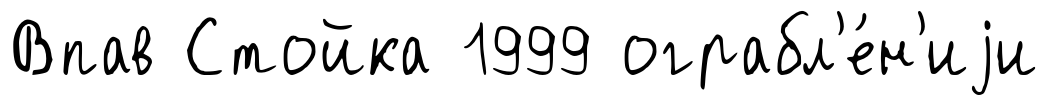
Впав Стойка 1999 ограбл'е́н'иjи